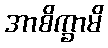
အာစိက္ခာမိ